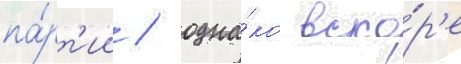
па́рт'ии / одна́ко вско́р'е